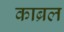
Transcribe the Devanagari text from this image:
काब्रल